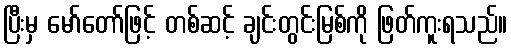
ပြီးမှ မော်တော်ဖြင့် တစ်ဆင့် ချင်းတွင်းမြစ်ကို ဖြတ်ကူးရသည်။